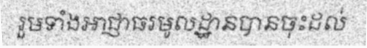
រួមទាំងអាជ្ញាធរមូលដ្ឋានបានចុះដល់